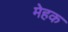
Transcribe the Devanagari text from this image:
मेहक